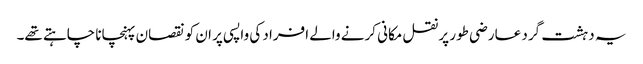
یہ دہشت گرد عارضی طور پر نقل مکانی کرنے والے افراد کی واپسی پر ان کو نقصان پہنچانا چاہتے تھے۔